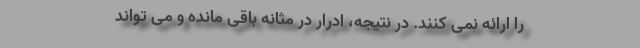
را ارائه نمی کنند. در نتیجه، ادرار در مثانه باقی مانده و می تواند